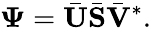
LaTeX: \boldsymbol{\Psi}=\bar{\mathbf{U}}\bar{\mathbf{S}}\bar{\mathbf{V}}^{*}.